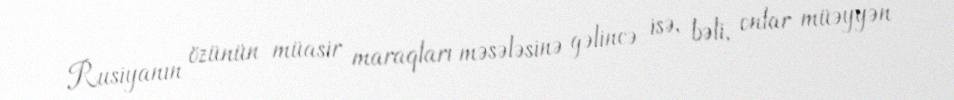
Rusiyanın özünün müasir maraqları məsələsinə gəlincə isə, bəli, onlar müəyyən